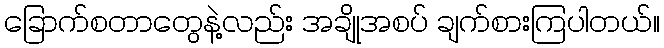
ခြောက်စတာတွေနဲ့လည်း အချိုအစပ် ချက်စားကြပါတယ်။